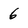
Character: 6